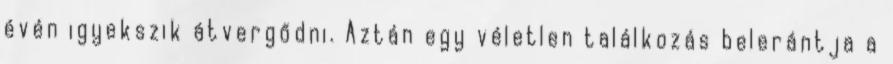
évén igyekszik átvergődni. Aztán egy véletlen találkozás belerántja a